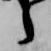
之